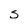
Character: s